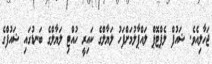
ޖަހާލިއެވެ. ޝައުފް ލެޕްޓޮޕް ލައްޕާލުމަށްފަހު ލަޔާލްގެ ކައިރީ ހުއްޓި ލަޔާލްގެ ބަނޑުގައި ޝައުފްގެ